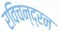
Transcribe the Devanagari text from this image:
रविचन्द्रन